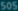
SOS